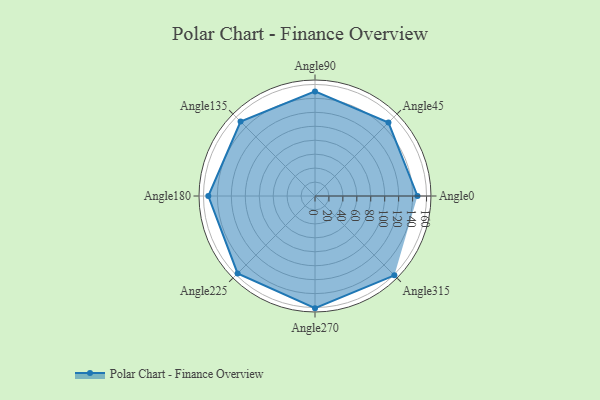
{"axis": {"x": "Angle", "y": "Radius"}, "legend": [""], "data": [{"x": "Angle0", "y": 147.0, "type": ""}, {"x": "Angle45", "y": 149.0, "type": ""}, {"x": "Angle90", "y": 150.0, "type": ""}, {"x": "Angle135", "y": 151.0, "type": ""}, {"x": "Angle180", "y": 153.0, "type": ""}, {"x": "Angle225", "y": 157.0, "type": ""}, {"x": "Angle270", "y": 161.0, "type": ""}, {"x": "Angle315", "y": 161.0, "type": ""}]}